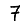
Digit: 7